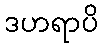
ဒဟရာပိ